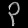
Digit: ၃